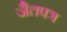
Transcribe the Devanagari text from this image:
जैतपत्र